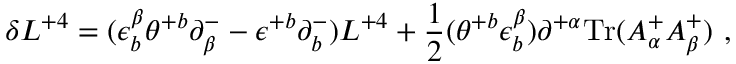
\delta L ^ { + 4 } = ( \epsilon _ { b } ^ { \beta } \theta ^ { + b } \partial _ { \beta } ^ { - } - \epsilon ^ { + b } \partial _ { b } ^ { - } ) L ^ { + 4 } + { \frac { 1 } { 2 } } ( \theta ^ { + b } \epsilon _ { b } ^ { \beta } ) \partial ^ { + \alpha } \mathrm { T r } ( A _ { \alpha } ^ { + } A _ { \beta } ^ { + } ) \ ,